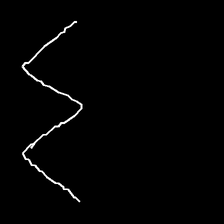
Glyph: crush